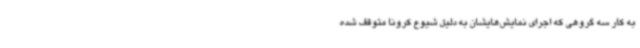
به کار سه گروهی که اجرای نمایش‌هایشان به دلیل شیوع کرونا متوقف شده